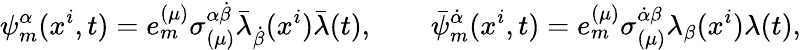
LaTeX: \psi_{m}^{\alpha}(x^{i},t)=e_{m}^{(\mu)}\sigma_{(\mu)}^{\alpha\dot{\beta}}\bar{\lambda}_{\dot{\beta}}(x^{i})\bar{\lambda}(t),\qquad\bar{\psi}_{m}^{\dot{\alpha}}(x^{i},t)=e_{m}^{(\mu)}\sigma_{(\mu)}^{\dot{\alpha}\beta}\lambda_{\beta}(x^{i})\lambda(t),